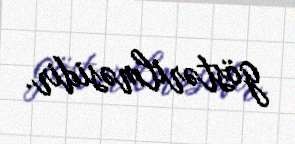
göstərilməsidir.